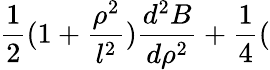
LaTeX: \frac{1}{2}(1+\frac{\rho^{2}}{l^{2}})\frac{d^{2}B}{d\rho^{2}}+\frac{1}{4}(